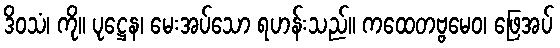
ဒိဝသံ၊ ကို။ ပုဋ္ဌေန၊ မေးအပ်သော ရဟန်းသည်။ ကထေတဗ္ဗမေဝ၊ ဖြေအပ်